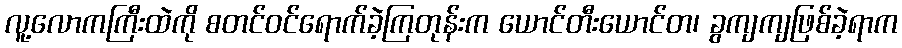
လူ့လောကကြီးထဲကို စတင်ဝင်ရောက်ခဲ့ကြတုန်းက ယောင်တီးယောင်တ၊ ခွကျကျဖြစ်ခဲ့ရာက